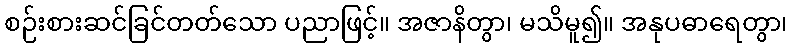
စဉ်းစားဆင်ခြင်တတ်သော ပညာဖြင့်။ အဇာနိတွာ၊ မသိမူ၍။ အနုပဓာရေတွာ၊